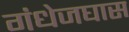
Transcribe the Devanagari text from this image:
गंधेजघास